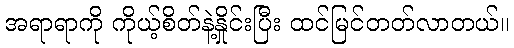
အရာရာကို ကိုယ့်စိတ်နဲ့နှိုင်းပြီး ထင်မြင်တတ်လာတယ်။